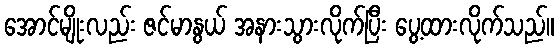
အောင်မျိုးလည်း ဇင်မာနွယ် အနားသွားလိုက်ပြီး ပွေ့ထားလိုက်သည်။